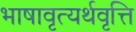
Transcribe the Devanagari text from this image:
भाषावृत्यर्थवृत्ति